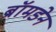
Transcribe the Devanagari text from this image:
ब्रॉमडेन